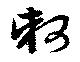
軻